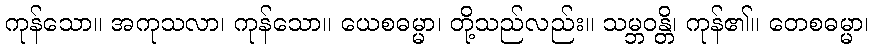
ကုန်သော။ အကုသလာ၊ ကုန်သော။ ယေစဓမ္မာ၊ တို့သည်လည်း။ သမ္ဘဝန္တိ၊ ကုန်၏။ တေစဓမ္မာ၊